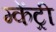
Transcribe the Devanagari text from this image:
म्केंट्री